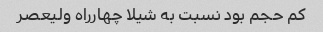
کم حجم بود نسبت به شیلا چهارراه ولیعصر